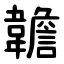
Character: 䪜